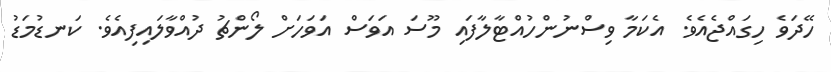
ހޭދަވެ ހިގައްޖެއެވެ. އެކަމާ ވިސްނުންހުއްޓާލާފައި މޫސަ އަވަސް އަވަހަށް ލޯންޗު ދުއްވާލައިފިއެވެ. ކަނޑުމަޑު